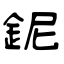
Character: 鈮